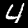
Label: 4